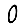
Digit: 0